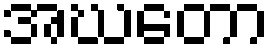
အဃတော